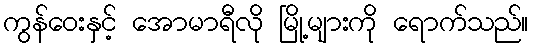
ကွန်ဝေးနှင့် အောမာရီလို မြို့များကို ရောက်သည်။